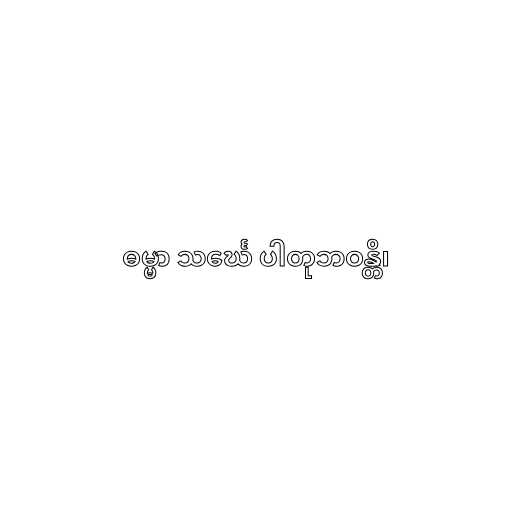
ဓမ္မာ သင်္ဃေ ပါတုဘဝန္တိ၊